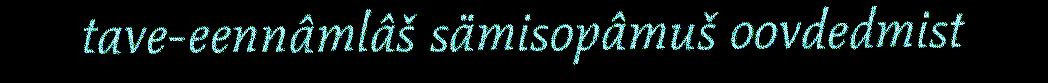
tave-eennâmlâš sämisopâmuš oovdedmist